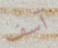
آسف